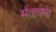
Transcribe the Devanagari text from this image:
संतावना